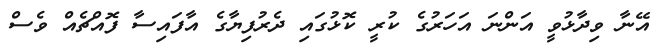
އޭނާ ވިދާޅުވީ އަންނަ އަހަރުގެ ކުރީ ކޮޅުގައި ދެރުފިޔާގެ އާފައިސާ ފޮއްޗެއް ވެސް